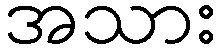
အသား